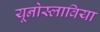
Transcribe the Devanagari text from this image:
यूनोस्लाविया